Report on vaccination in the Province of Bengal - 1869-1873
Year: 1869
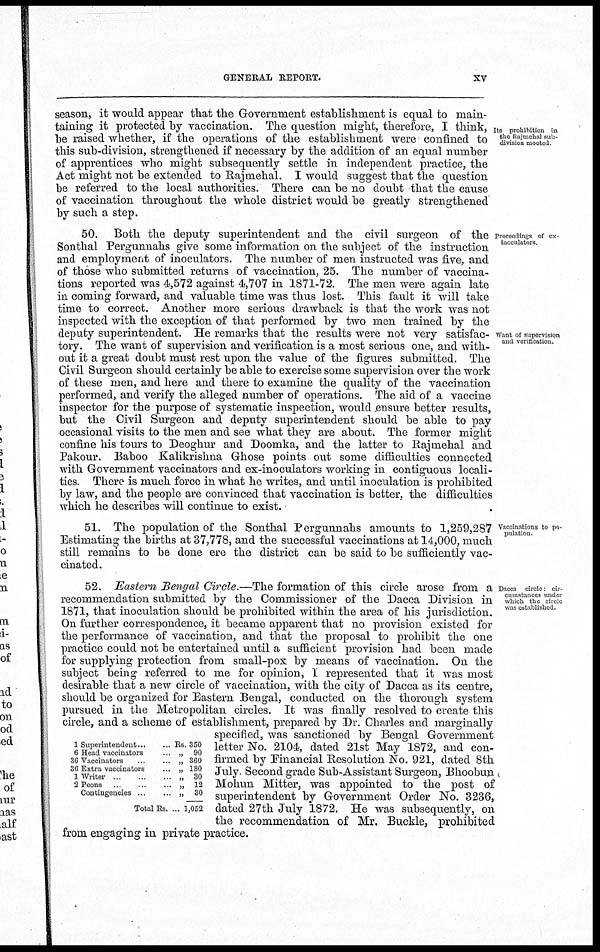
GENERAL REPORT.
xv
Its prohibition in
the Rajmehal sub-
division mooted
season, it would appear that the Government establishment is equal to main-
taining it protected by vaccination. The question might, therefore, I think,
be raised whether, if the operations of the establishment were confined to
this sub-division, strengthened if necessary by the addition of an equal number
of apprentices who might subsequently settle in independent practice, the
Act might not be extended to Rajmehal. I would suggest that the question
be referred to the local authorities. There can be no doubt that the cause
of vaccination throughout the whole district would be greatly strengthened
by such a step.
Proceedings of ex-
inoculators.
Want of supervision
and verification.
50. Both the deputy superintendent and the civil surgeon of the
Sonthal Pergunnahs give some information on the subject of the instruction
and employment of inoculators. The number of men instructed was five, and
of those who submitted returns of vaccination, 25. The number of vaccina-
tions reported was 4,572 against 4,707 in 1871-72. The men were again late
in coming forward, and valuable time was thus lost. This fault it will take
time to correct. Another more serious drawback is that the work was not
inspected with the exception of that performed by two men trained by the
deputy superintendent. He remarks that the results were not very satisfac-
tory. The want of supervision and verification is a most serious one, and with-
out it a great doubt must rest upon the value of the figures submitted. The
Civil Surgeon should certainly be able to exercise some supervision over the work
of these men, and here and there to examine the quality of the vaccination
performed, and verify the alleged number of operations. The aid of a vaccine
inspector for the purpose of systematic inspection, would ensure better results,
but the Civil Surgeon and deputy superintendent should be able to pay
occasional visits to the men and see what they are about. The former might
confine his tours to Deoghur and Doomka, and the latter to Rajmehal and
Pakour. Baboo Kalikrishna Ghose points out some difficulties connected
with Government vaccinators and ex-inoculators working in contiguous locali-
ties. There is much force in what he writes, and until inoculation is prohibited
by law, and the people are convinced that vaccination is better, the difficulties
which he describes will continue to exist.
Vaccinations to po-
pulation.
51. The population of the Sonthal Pergunnahs amounts to 1,259,287
Estimating the births at 37,778, and the successful vaccinations at 14,000, much
still remains to be done ere the district can be said to be sufficiently vac-
cinated.
Dacca circle cir-
cuinstances under
which the circle
was established
1 Superintendent
...
...
6 Head vaccinators ...
36 Vaccinators ... ...
36 Extra vaccinators ...
1 Writer ... ... ...
2 Peons ... ... ...
Contingencies
...
...
Total Rs ...
Rs. 350
„
90
„ 360
„ 180
„
30
„
12
„
30
1,052
52. Eastern Bengal Circle.—The formation of this circle arose from a
recommendation submitted by the Commissioner of the Dacca Division in
1871, that inoculation should be prohibited within the area of his jurisdiction.
On further correspondence, it became apparent that no provision existed for
the performance of vaccination, and that the proposal to prohibit the one
practice could not be entertained until a sufficient provision had been made
for supplying protection from small-pox by means of vaccination. On the
subject being referred to me for opinion, 1 represented that it was most
desirable that a new circle of vaccination, with the city of Dacca as its centre,
should be organized for Eastern Bengal, conducted on the thorough system
pursued in the Metropolitan circles. It was finally resolved to create this
circle, and a scheme of establishment, prepared by Dr. Charles and marginally
specified, was sanctioned by Bengal Government
letter No. 2104, dated 21st May 1872, and con-
firmed by Financial Resolution No. 921, dated 8th
July. Second grade Sub-Assistant Surgeon, Bhoobun
Mohun Mitter, was appointed to the post of
superintendent by Government Order No. 3236,
dated 27th July 1872. He was subsequently, on
the recommendation of Mr. Buckle, prohibited
from engaging in private practice.